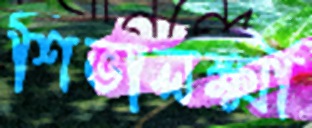
শিভালক্ষ্মী